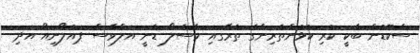
ސްކޮޑުން ބާކީ ކުރި ކުޅުންތެރިންގެ ތެރޭގައި މާސެލޯ ޑެނީ އަލްވޭސް ޕައުލޯނިއޯ އަދި